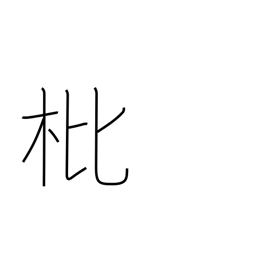
Meaning: loquat